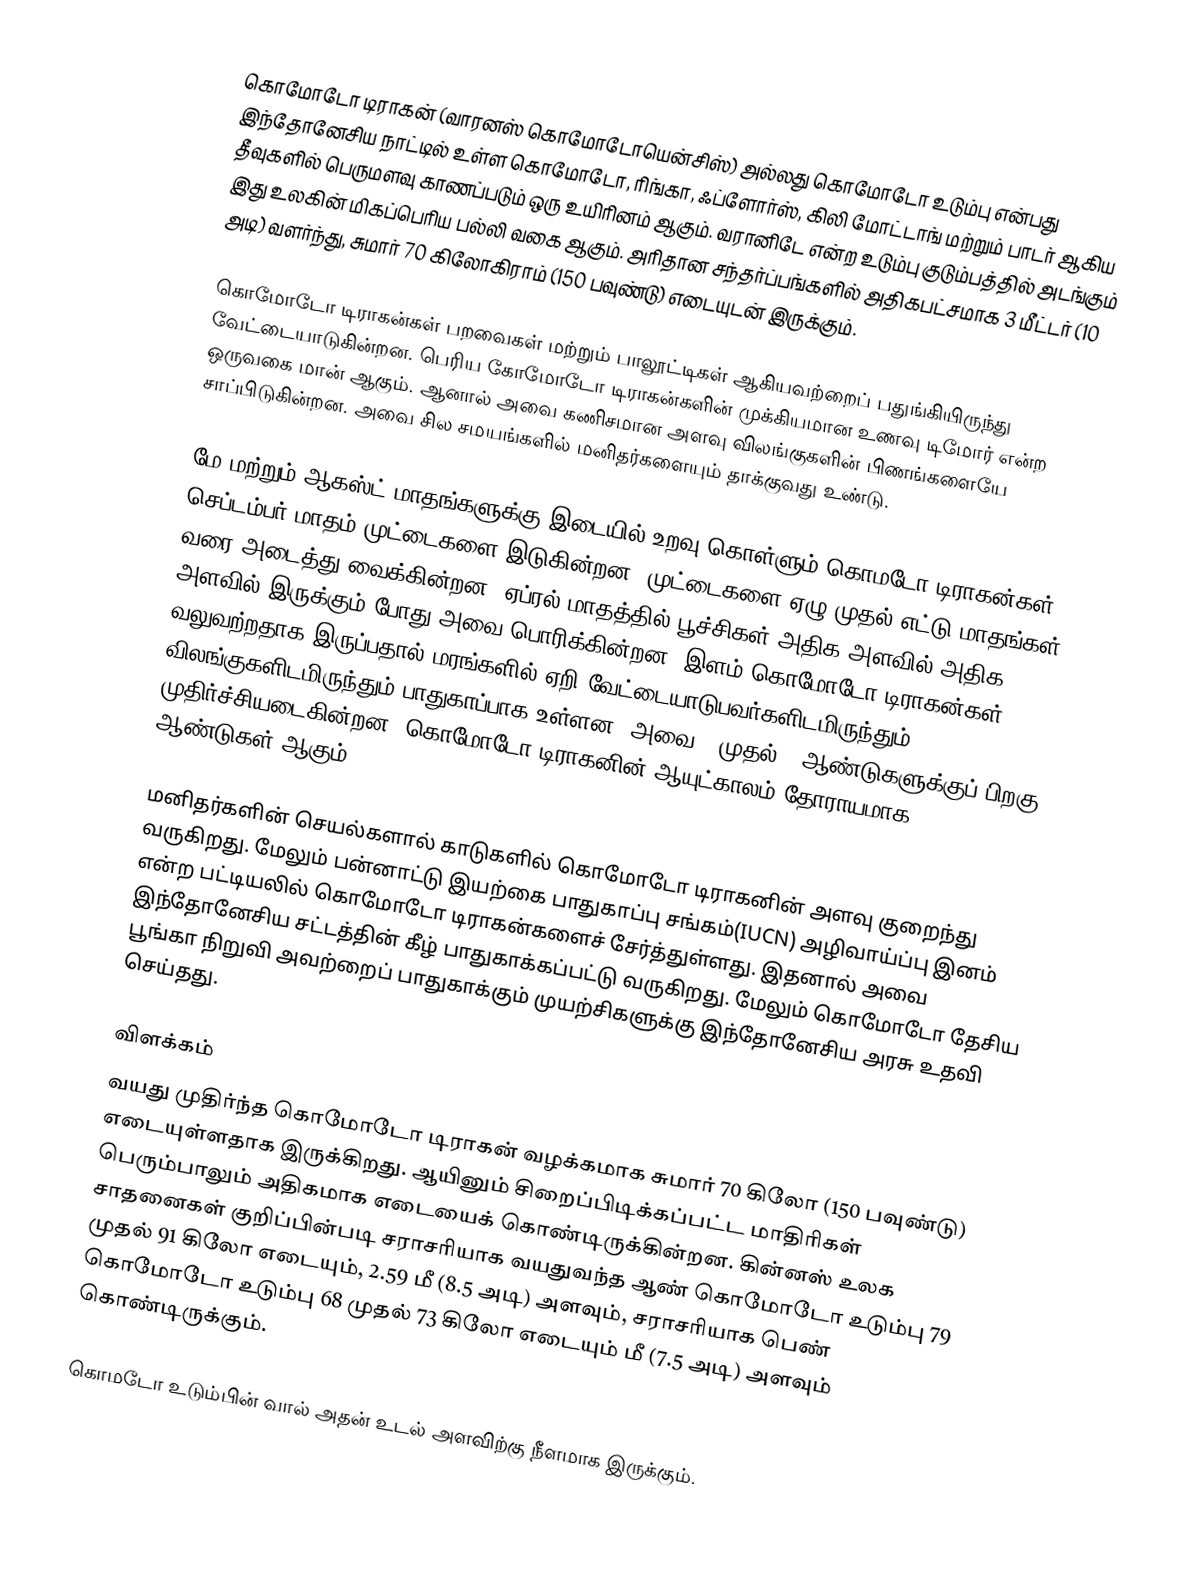
கொமோடோ டிராகன் (வாரனஸ் கொமோடோயென்சிஸ்) அல்லது கொமோடோ உடும்பு என்பது இந்தோனேசிய நாட்டில் உள்ள கொமோடோ, ரிங்கா, ஃப்ளோர்ஸ், கிலி மோட்டாங் மற்றும் பாடர் ஆகிய தீவுகளில் பெருமளவு காணப்படும் ஒரு உயிரினம் ஆகும். வரானிடே என்ற உடும்பு குடும்பத்தில் அடங்கும் இது உலகின் மிகப்பெரிய பல்லி வகை ஆகும். அரிதான சந்தர்ப்பங்களில் அதிகபட்சமாக 3 மீட்டர் (10 அடி) வளர்ந்து, சுமார் 70 கிலோகிராம் (150 பவுண்டு) எடையுடன் இருக்கும்.

கொமோடோ டிராகன்கள் பறவைகள் மற்றும் பாலூட்டிகள் ஆகியவற்றைப் பதுங்கியிருந்து வேட்டையாடுகின்றன. பெரிய கோமோடோ டிராகன்களின் முக்கியமான உணவு டிமோர் என்ற ஒருவகை மான் ஆகும். ஆனால் அவை கணிசமான அளவு விலங்குகளின் பிணங்களையே சாப்பிடுகின்றன. அவை சில சமயங்களில் மனிதர்களையும் தாக்குவது உண்டு.

மே மற்றும் ஆகஸ்ட் மாதங்களுக்கு இடையில் உறவு கொள்ளும் கொமடோ டிராகன்கள் செப்டம்பர் மாதம் முட்டைகளை இடுகின்றன. முட்டைகளை ஏழு முதல் எட்டு மாதங்கள் வரை அடைத்து வைக்கின்றன, ஏப்ரல் மாதத்தில் பூச்சிகள் அதிக அளவில் அதிக அளவில் இருக்கும் போது அவை பொரிக்கின்றன. இளம் கொமோடோ டிராகன்கள் வலுவற்றதாக இருப்பதால்  மரங்களில் ஏறி வேட்டையாடுபவர்களிடமிருந்தும், விலங்குகளிடமிருந்தும் பாதுகாப்பாக உள்ளன. அவை 8 முதல் 9 ஆண்டுகளுக்குப் பிறகு முதிர்ச்சியடைகின்றன. கொமோடோ டிராகனின் ஆயுட்காலம் தோராயமாக 30 ஆண்டுகள் ஆகும்.

மனிதர்களின் செயல்களால் காடுகளில் கொமோடோ டிராகனின் அளவு குறைந்து வருகிறது. மேலும் பன்னாட்டு இயற்கை பாதுகாப்பு சங்கம்(IUCN) அழிவாய்ப்பு இனம் என்ற பட்டியலில் கொமோடோ டிராகன்களைச் சேர்த்துள்ளது. இதனால் அவை இந்தோனேசிய சட்டத்தின் கீழ் பாதுகாக்கப்பட்டு வருகிறது. மேலும் கொமோடோ தேசிய பூங்கா நிறுவி அவற்றைப் பாதுகாக்கும் முயற்சிகளுக்கு இந்தோனேசிய அரசு உதவி செய்தது.

விளக்கம்
வயது முதிர்ந்த கொமோடோ டிராகன் வழக்கமாக சுமார் 70 கிலோ (150 பவுண்டு) எடையுள்ளதாக இருக்கிறது. ஆயினும் சிறைப்பிடிக்கப்பட்ட மாதிரிகள் பெரும்பாலும் அதிகமாக எடையைக் கொண்டிருக்கின்றன. கின்னஸ் உலக சாதனைகள் குறிப்பின்படி சராசரியாக வயதுவந்த ஆண் கொமோடோ உடும்பு 79 முதல் 91 கிலோ எடையும், 2.59 மீ (8.5 அடி) அளவும், சராசரியாக பெண் கொமோடோ உடும்பு 68 முதல் 73 கிலோ எடையும் மீ (7.5 அடி) அளவும் கொண்டிருக்கும்.

கொமடோ உடும்பின் வால் அதன் உடல் அளவிற்கு நீளமாக இருக்கும்.